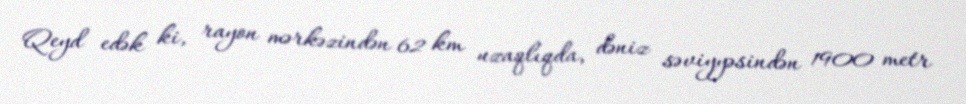
Qeyd edək ki, rayon mərkəzindən 62 km uzaqlıqda, dəniz səviyyəsindən 1900 metr